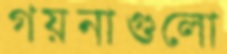
গয়নাগুলো